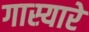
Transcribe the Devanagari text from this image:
गास्यारे